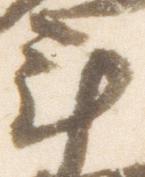
年